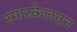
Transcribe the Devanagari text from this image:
स्मारकेजतन